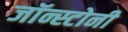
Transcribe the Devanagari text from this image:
जॉन्स्टोनी